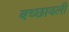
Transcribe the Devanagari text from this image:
बच्छावली